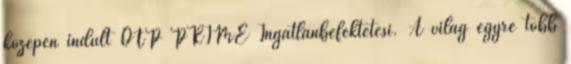
közepén indult OTP PRIME Ingatlanbefektetési. A világ egyre több